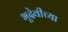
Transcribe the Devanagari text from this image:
भूदेवीच्या